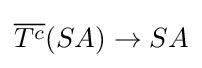
{\textstyle {\overline {T^{c}}}(SA)\to SA}